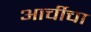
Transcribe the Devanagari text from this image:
आर्चीचा